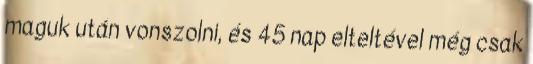
maguk után vonszolni, és 45 nap elteltével még csak